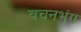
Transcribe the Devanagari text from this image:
वचनभंग